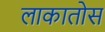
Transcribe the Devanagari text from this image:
लाकातोस